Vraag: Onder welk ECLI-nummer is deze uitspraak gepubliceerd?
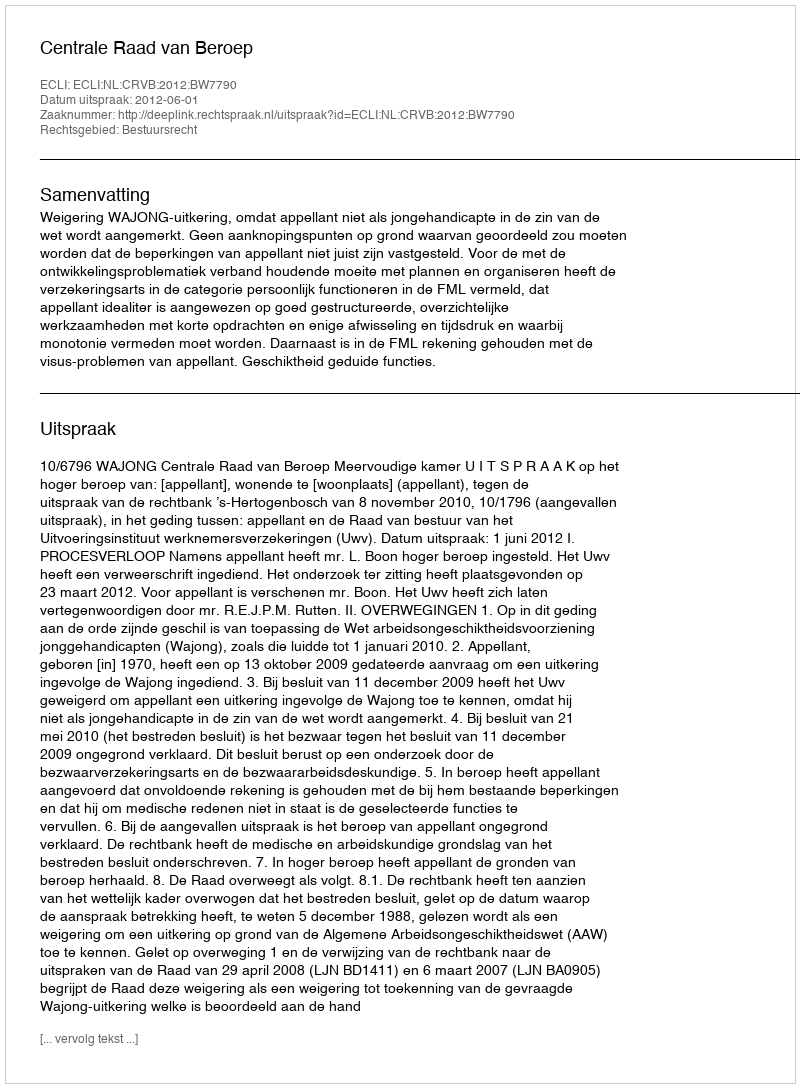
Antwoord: ECLI:NL:CRVB:2012:BW7790